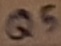
Text: Q5